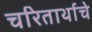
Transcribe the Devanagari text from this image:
चरितार्थाचे